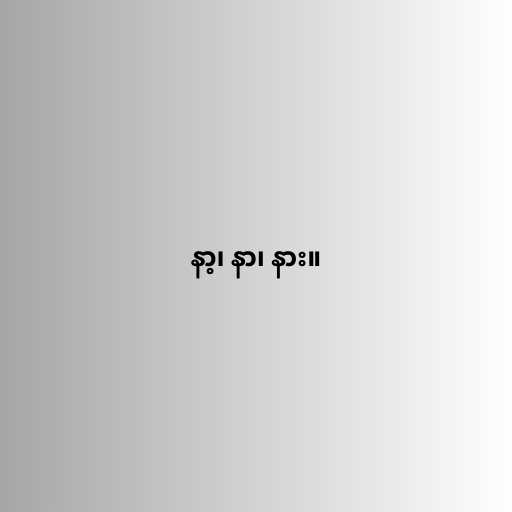
နာ့၊ နာ၊ နား။